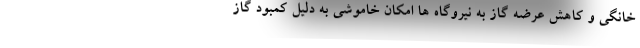
خانگی و کاهش عرضه گاز به نیروگاه ها امکان خاموشی به دلیل کمبود گاز